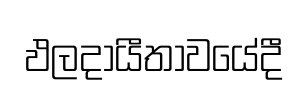
ඵලදායීතාවයේදී